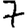
Digit: 7